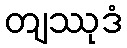
တျဿုဒံ